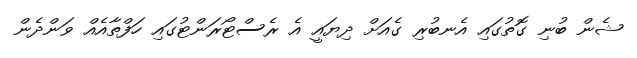
ޝެން ބުނި ގޮތުގައި އެނބުރި ގެއަށް ދިޔައީ އެ ރެސްޓޯރަންޓުގައި ހަފްތާއެއް ވަންދެން